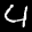
Label: 4